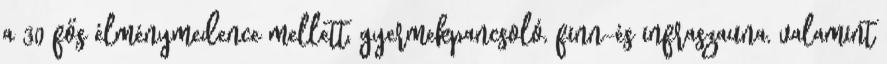
a 30 fős élménymedence mellett, gyermekpancsoló, finn-és infraszauna, valamint